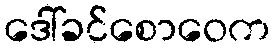
ဒေါ်ခင်စောဝေက